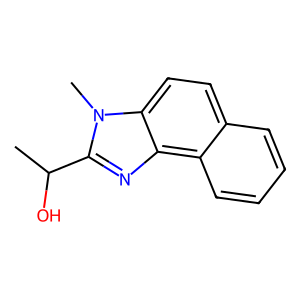
SMILES: CC(O)c1nc2c3ccccc3ccc2n1C
Inhibits HIV replication: No